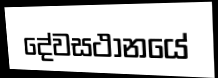
දේවසථානයේ